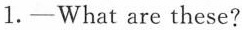
l.-What are these?